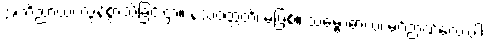
အဘိညာယ၊ လွန်စွာသိခြင်းငှာ။ နသံဝတ္တတိ၊ မဖြစ်။ သမ္ဗောဓာယ၊ မဂ်ဉာဏ်လေးပါး